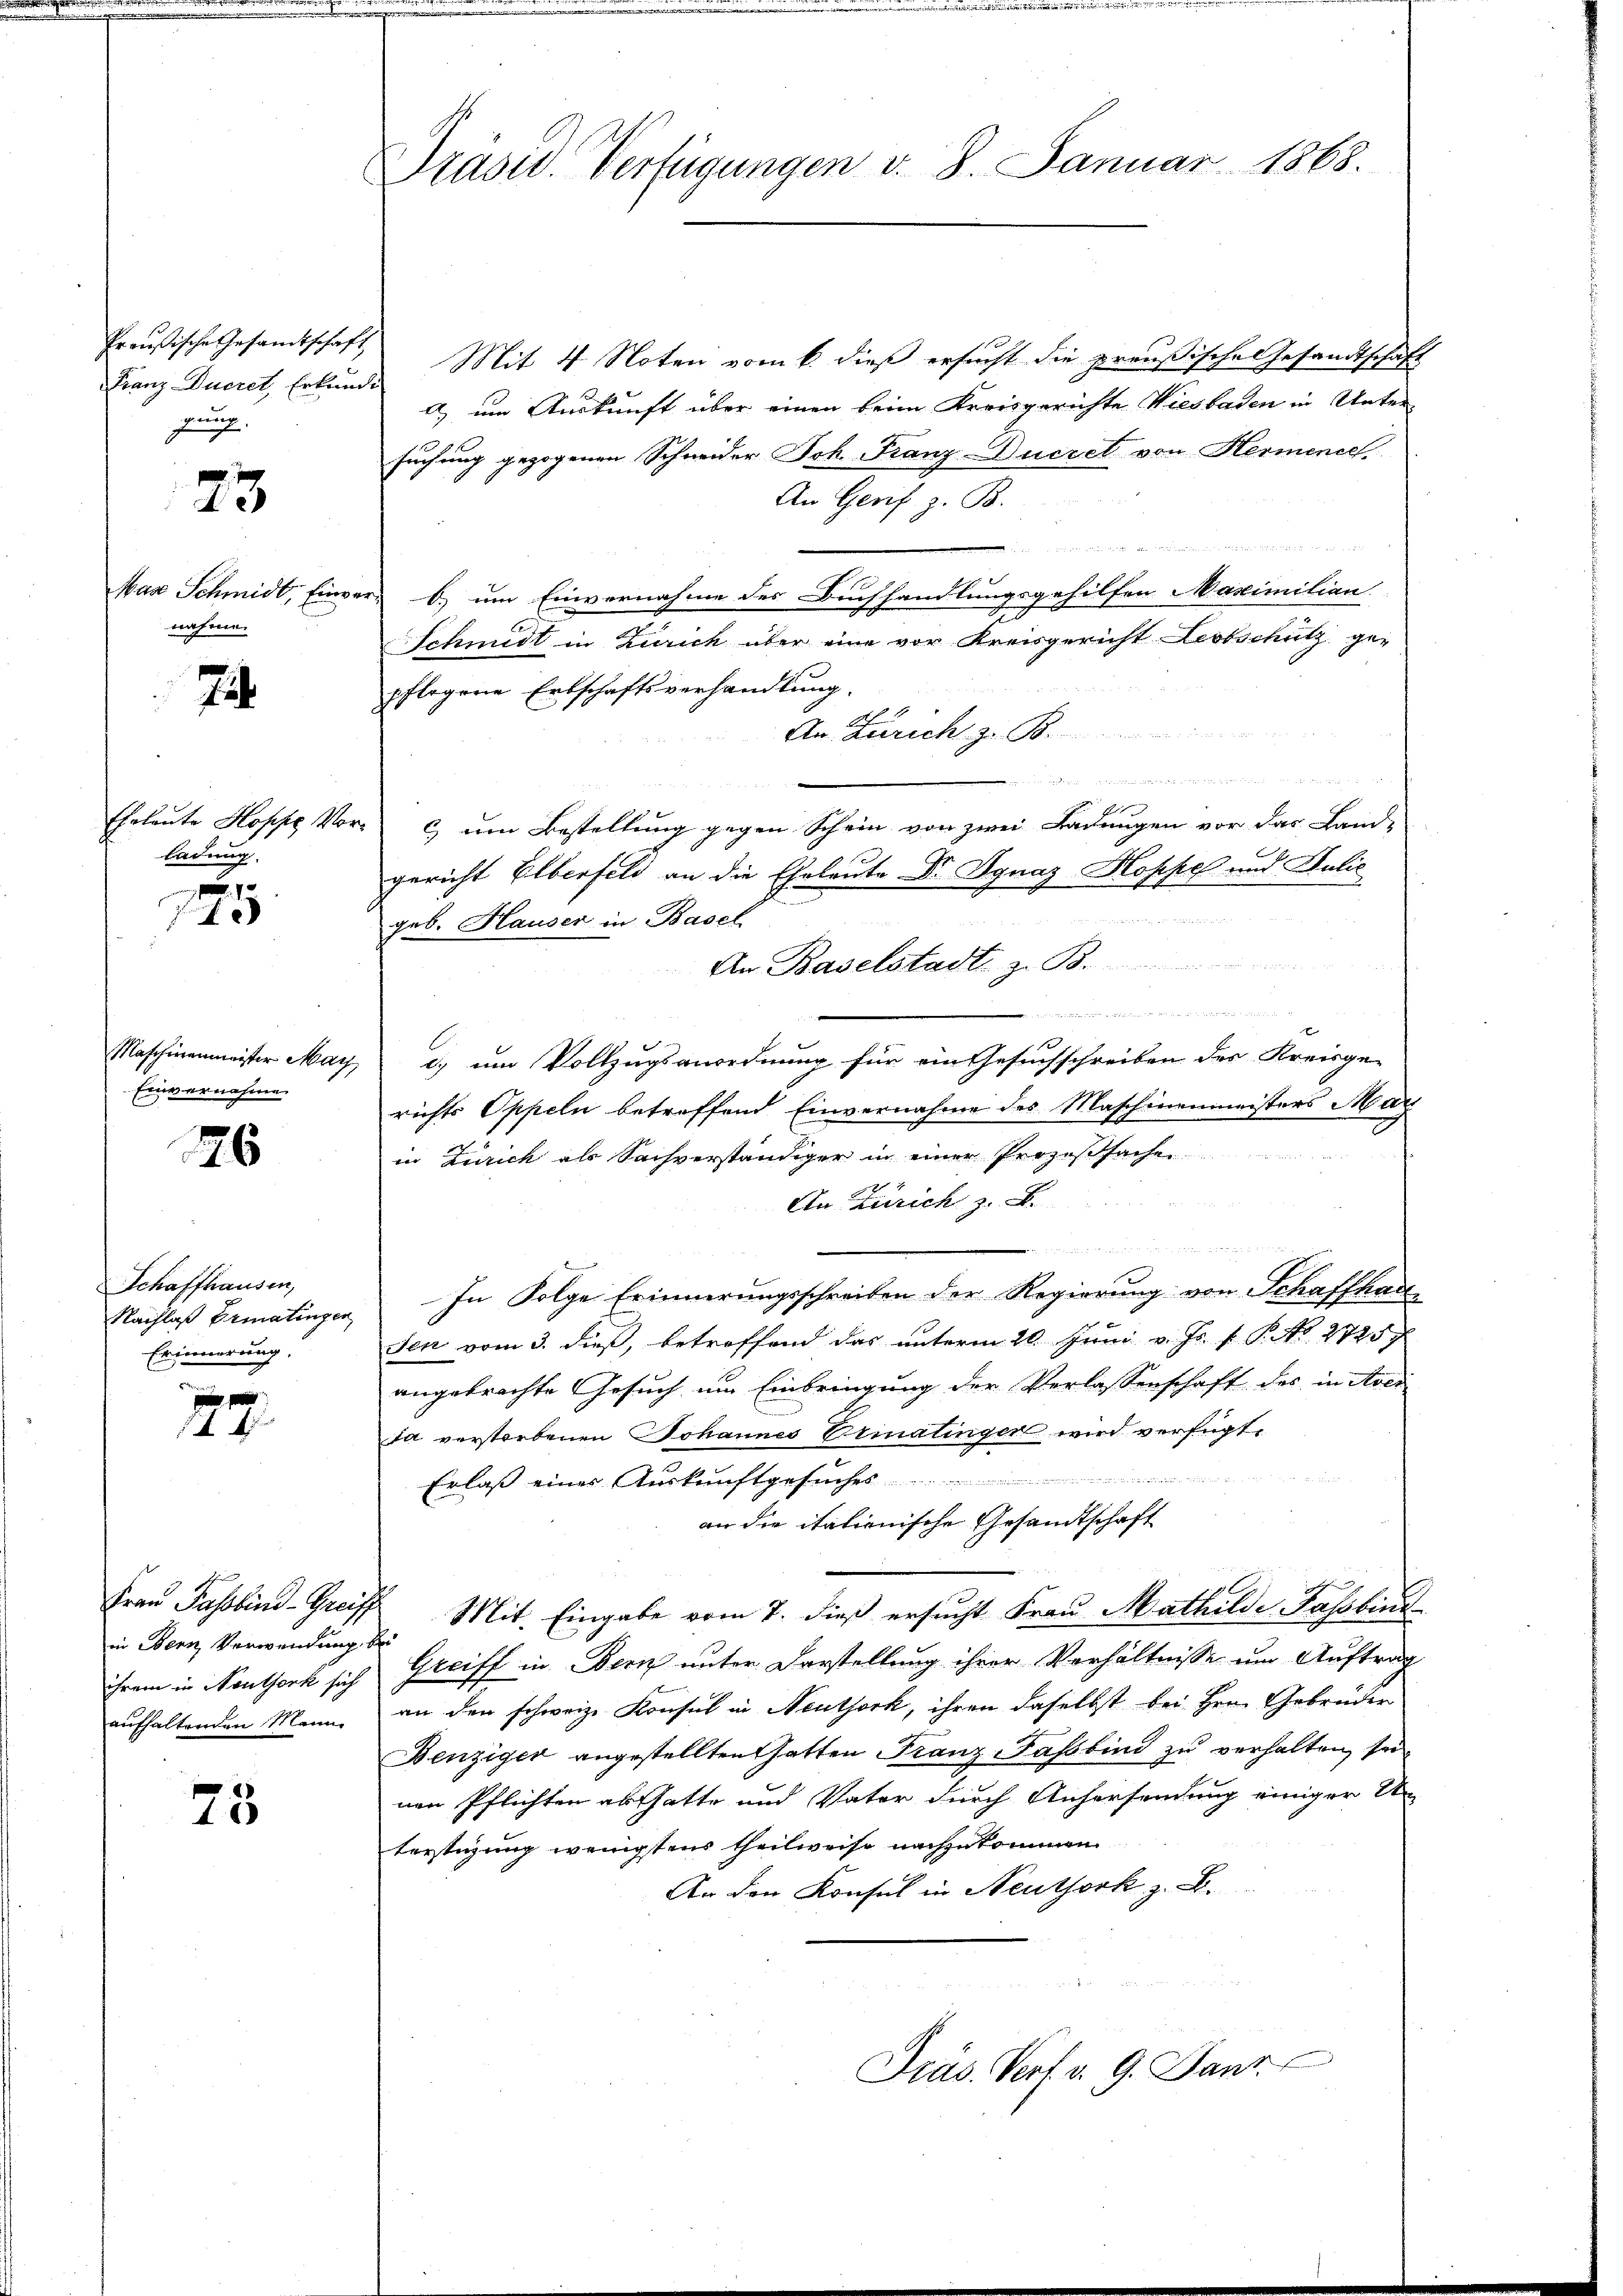
Franz Ducret, Erkunde
gung

23

Mar Schmidt, Einre
reihen.

7

ladung.

.
f

Einvernahme

26

Schaffhausen,
Nachlaß Ermatingen
Erinnerung,
e

27

in Bern Verwendung bei
aufhaltenden Mann.

75

Präsid. Verfügungen v. 8. Januar 1868.

Preußische Gesandtschaft Mit 4 Noten vom 6. dieß ersucht die preußische Gesandtschaft
) um Auskunft über einen beim Kreisgerichte Wiesbaden in Untersuchung gezogenen Schneider Joh. Franz Ducret von Hermener.
An Gerif z. B.
.
er b) um Einvernahme des Buchhandlungsgehilfen Maximilian
Schmidt in Zürich aber eine vor Kreisgericht Leotschutz gepflogene Erbschaftsverhandlung.
An Zürich z. B.
u
f
Ehrleute Hoppe Vor- c) um Bestellung gegen Schein von zwei Ladungen vor das Land-
gericht Elberfeld an die Eheleute Dr. Ignaz Hoppel und Julie

 2
geb. Hauser in Basel
An Baselstadt z. B.

Maschinenmeister May c. um Vollzugsanordnung für ein Gesuchschreiben der Kreisge-
richts Oppeln betreffend Einvernahme des Maschinenmeisters Marz
in Zürich als Sachverständiger in einer Prozeßsachen
An Zürich z. B.
 ten der
In Folge Erinnerungsschreiben der Regierung von Schaffhau
sen vom 3. dieß, betroffend das unterm 20. Juni v. Js. f. P. No. 2725.
angebrachte Gesuch um Einbringung der Verlassenschaft des in Aver
da verstorbenen Johannes Ermatinger wird verfügt,

Erlaß eines Auskunftgesuches
an die italienische Gesandtschaft
Frau Passbind-Greiff Mit Eingabe vom 7. dieß ersucht Frau Mathilde Fassbur
ihrem in Neuthork sich Greiff in Bern unter Darstellung ihrer Verhältnisse um Auftrag
an den schweiz. Konsul in Neuthork, ihren daselbst bei Hrn. Gebrüder
Benziger angestellten hatten Franz Faßbind zu verhalten, sei
nen Pflichten abthatte und Vater durch Anhersendung einiger Un
terstigung wenigstens theilweise nachzukommen
An den Konsul in Neuthork z. B.

Präs. Verf. v. 9. Jant